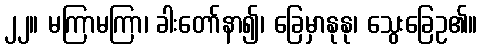
၂၂။ မကြာမကြာ၊ ခါးတော်နာ၍၊ ခြေမှာနုနု၊ သွေးခြေဥ၏။